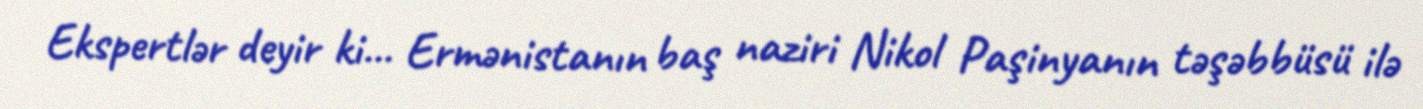
Ekspertlər deyir ki... Ermənistanın baş naziri Nikol Paşinyanın təşəbbüsü ilə